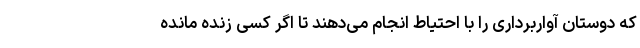
که دوستان آواربرداری را با احتیاط انجام می‌دهند تا اگر کسی زنده مانده